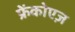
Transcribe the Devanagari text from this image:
फ्रेंकोएज़